Vital statistics of India. Vol. V, Reports of 1876 on armies & jails and on epidemic cholera
Year: 1876
Disease focus: Cholera
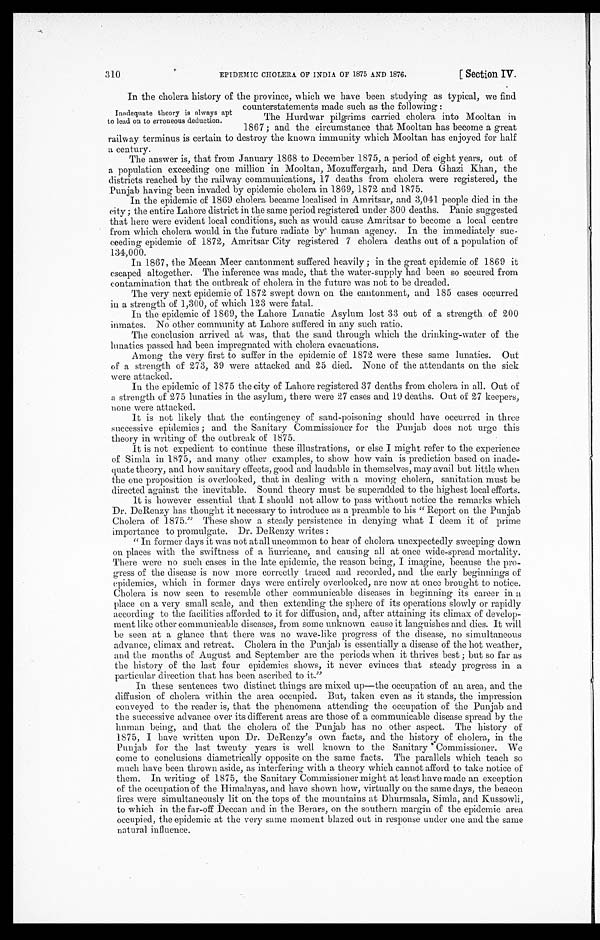
EPIDEMIC CHOLERA OF INDIA OF 1875 AND 1876.
[Section IV.
310
In the cholera history of the province, which we have been studying as typical, we find
counterstatements made such as the following:
The Hurdwar pilgrims carried cholera into Mooltan in
1867; and the circumstance that Mooltan has become a great
railway terminus is certain to destroy the known immunity which Mooltan has enjoyed for half
a century.
The answer is, that from January 1868 to December 1875, a period of eight years, out of
a population exceeding one million in Mooltan, Mozuffergarh, and Dera Ghazi Khan, the
districts reached by the railway communications, 17 deaths from cholera were registered, the
Punjab having been invaded by epidemic cholera in 1869, 1872 and 1875.
In the epidemic of 1869 cholera became localised in Amritsar, and 3,041 people died in the
city; the entire Lahore district in the same period registered under 300 deaths. Panic suggested
that here were evident local conditions, such as would cause Amritsar to become a local centre
from which cholera would in the future radiate by human agency. In the immediately su
c - c e e d i n g e p i d e m i c o f 1 8 7 2 , A m r i t s a r C i t y r e g i s t e r e d 7 c h o l e r a d e a t h s o u t o f a p o p u l a t i o n o f
134,000.
In 1867, the Meean Meer cantonment suffered heavily; in the great epidemic of 1869 it
escaped altogether. The inference was made, that the water-supply had been so secured from
contamination that the outbreak of cholera in the future was not to be dreaded.
The very next epidemic of 1872 swept down on the cantonment, and 185 cases occurred
in a strength of 1,300, of which 123 were fatal.
In the epidemic of 1869, the Lahore Lunatic Asylum lost 33 out of a strength of 200
inmates. No other community at Lahore suffered in any such ratio.
The conclusion arrived at was, that the sand through which the drinking-water of the
lunatics passed had been impregnated with cholera evacuations.
Among the very first to suffer in the epidemic of 1872 were these same lunatics. Out
of a strength of 273, 39 were attacked and 25 died. None of the attendants on the sick
were attacked.
In the epidemic of 1875 the city of Lahore registered 37 deaths from cholera in all. Out of
a strength of 275 lunatics in the asylum, there were 27 cases and 19 deaths. Out of 27 keepers,
none were attacked.
It is not likely that the contingency of sand-poisoning should have occurred in three
successive epidemics; and the Sanitary Commissioner for the Punjab does not urge this
theory in writing of the outbreak of 1875.
It is not expedient to continue these illustrations, or else I might refer to the experience
of Simla in 1875, and many other examples, to show how vain is prediction based on inade
-quate theory, and how sanitary effects, good and laudable in themselves, may avail but little when
the one proposition is overlooked, that in dealing with a moving cholera, sanitation must be
directed against the inevitable. Sound theory must be superadded to the highest local efforts.
It is however essential that I should not allow to pass without notice the remarks which
Dr. DeRenzy has thought it necessary to introduce as a preamble to his "Report on the Punjab
Cholera of 1875." These show a steady persistence in denying what I deem it of prime
importance to promulgate. Dr. DeRenzy writes:
"In former days it was not at all uncommon to hear of cholera unexpectedly sweeping down
on places with the swiftness of a hurricane, and causing all at once wide-spread mortality.
There were no such cases in the late epidemic, the reason being, I imagine, because the pro
-gress of the disease is now more correctly traced and recorded, and the early beginnings of
epidemics, which in former days were entirely overlooked, are now at once brought to notice.
Cholera is now seen to resemble other communicable diseases in beginning its career in a
place on a very small scale, and then extending the sphere of its operations slowly or rapidly
according to the facilities afforded to it for diffusion, and, after attaining its climax of develop
-ment like other communicable diseases, from some unknown cause it languishes and dies. It will
be seen at a glance that there was no wave-like progress of the disease, no simultaneous
advance, climax and retreat. Cholera in the Punjab is essentially a disease of the hot weather,
and the months of August and September are the periods when it thrives best; but so far as
the history of the last four epidemics shows, it never evinces that steady progress in a
particular direction that has been ascribed to it."
In these sentences two distinct things are mixed up—the occupation of an area, and the
diffusion of cholera within the area occupied. But, taken even as it stands, the impression
conveyed to the reader is, that the phenomena attending the occupation of the Punjab and
the successive advance over its different areas are those of a communicable disease spread by the
human being, and that the cholera of the Punjab has no other aspect. The history of
1875, I have written upon Dr. DeRenzy's own facts, and the history of cholera, in the
Punjab for the last twenty years is well known to the Sanitary Commissioner.
W e c o m e t o c o n c l u s i o n s d i a m e t r i c a l l y o p p o s i t e o n t h e s a m e f a c t s . T h e p a r a l l e l s w h i c h t e a c h s o
much have been thrown aside, as interfering with a theory which cannot afford to take notice of
them. In writing of 1875, the Sanitary Commissioner might at least have made an exception
of the occupation of the Himalayas, and have shown how, virtually on the same days, the beacon
fires were simultaneously lit on the tops of the mountains at Dhurmsala, Simla, and Kussowli,
to which in the far-off Deccan and in the Berars, on the southern margin of the epidemic area
occupied, the epidemic at the very same moment blazed out in response under one and the same
natural influence.
Inadequate theory is always apt
to lead on to erroneous deduction.